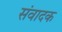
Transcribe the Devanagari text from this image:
संवादक